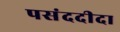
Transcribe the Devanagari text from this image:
पसंददीदा